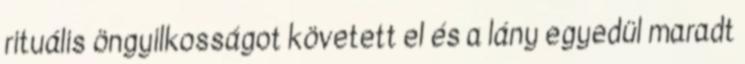
rituális öngyilkosságot követett el és a lány egyedül maradt